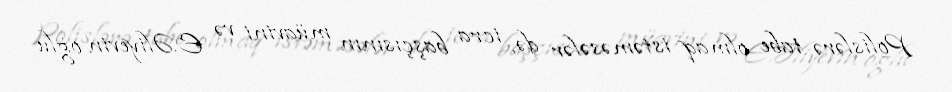
Polislərə tabe olmaq istəməsələr də, icra başçısının müavini və E.Əliyevin oğlu